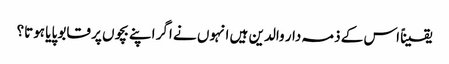
یقیناً اس کے ذمہ دار والدین ہیں انہوں نے اگر اپنے بچوں پر قابو پایا ہوتا؟